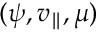
( \psi , v _ { \parallel } , \mu )